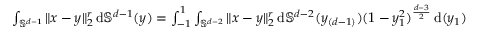
\begin{array} { r } { \int _ { \mathbb S ^ { d - 1 } } \| x - y \| _ { 2 } ^ { r } \, \mathrm { d } \mathbb S ^ { d - 1 } ( y ) = \int _ { - 1 } ^ { 1 } \int _ { \mathbb S ^ { d - 2 } } \| x - y \| _ { 2 } ^ { r } \, \mathrm { d } \mathbb S ^ { d - 2 } ( y _ { ( d - 1 ) } ) ( 1 - y _ { 1 } ^ { 2 } ) ^ { \frac { d - 3 } { 2 } } \, \mathrm { d } ( y _ { 1 } ) } \end{array}